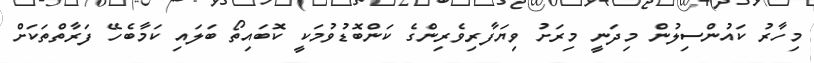
މިހާރު ކައުންސިލުން މިދަނީ މިރަށު ވިޔަފާރިވެރިންގެ ކަންބޮޑުވުމަކީ ކޮބައިތޯ ބަލައި ކަމާބެހޭ ފަރާތްތަކަށް